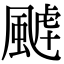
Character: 𩗸